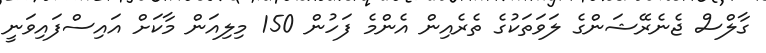
ގާލްސް ޖެނެރޭޝަންގެ ލަވަތަކުގެ ތެރެއިން އެންމެ ފަހުން 150 މިލިއަން މާކަށް އައިސްފައިވަނީ